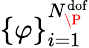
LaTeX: \{ \varphi\} _{i=1}^{N_{\P}^{\textrm{dof}}}